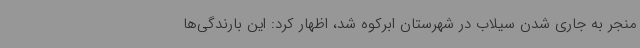
منجر به جاری شدن سیلاب در شهرستان ابرکوه شد، اظهار کرد: این بارندگی‌ها